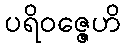
ပရိဝဇ္ဇေဟိ